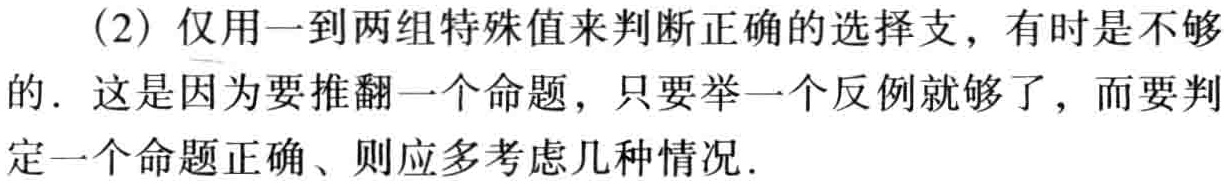
（2）仅用一到两组特殊值来判断正确的选择支，有时是不够的．这是因为要推翻一个命题，只要举一个反例就够了，而要判定一个命题正确、则应多考虑几种情况．